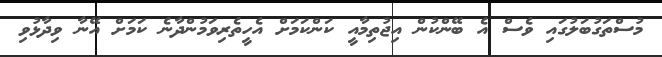
މުސްތަގުބަލުގައި ވެސް އެ ބޭންކުން އިޖުތިމާއީ ކަންކަމަށް އެހީތެރިވަމުންދާނެ ކަމަށް އޭނާ ވިދާޅުވި